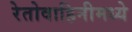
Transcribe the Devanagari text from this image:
रेतोवाहिनीमध्ये